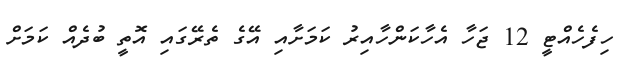
ހިފެހެއްޓީ 12 ޖަހާ އެހާކަންހާއިރު ކަމަށާއި އޭގެ ތެރޭގައި އޮތީ ބުދެއް ކަމަށް